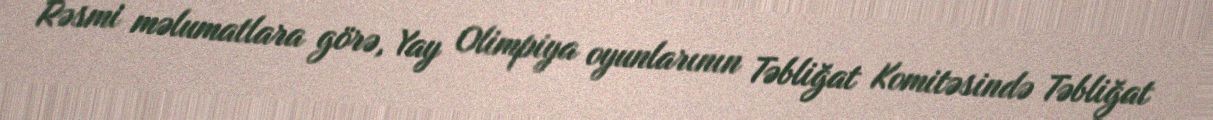
Rəsmi məlumatlara görə, Yay Olimpiya oyunlarının Təbliğat Komitəsində Təbliğat